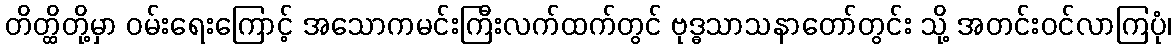
တိတ္ထိတို့မှာ ဝမ်းရေးကြောင့် အသောကမင်းကြီးလက်ထက်တွင် ဗုဒ္ဓသာသနာတော်တွင်း သို့ အတင်းဝင်လာကြပုံ၊